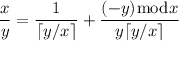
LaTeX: { \frac { x } { y } } = { \frac { 1 } { \lceil y / x \rceil } } + { \frac { ( - y ) { \bmod { x } } } { y \lceil y / x \rceil } }